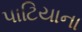
પાટિયાના